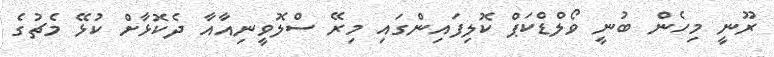
ރޫނީ މިހެން ބުނީ ވޯލްޑްކަޕް ކޮލިފައިންގައި މިރޭ ސްލޮވީނިއާއާ ދެކޮޅާށް ކުޅޭ މެޗުގެ